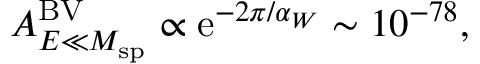
{ \cal A } _ { E \ll M _ { \mathrm { s p } } } ^ { \mathrm { B V } } \propto \mathrm { e } ^ { - 2 \pi / \alpha _ { W } } \sim 1 0 ^ { - 7 8 } ,